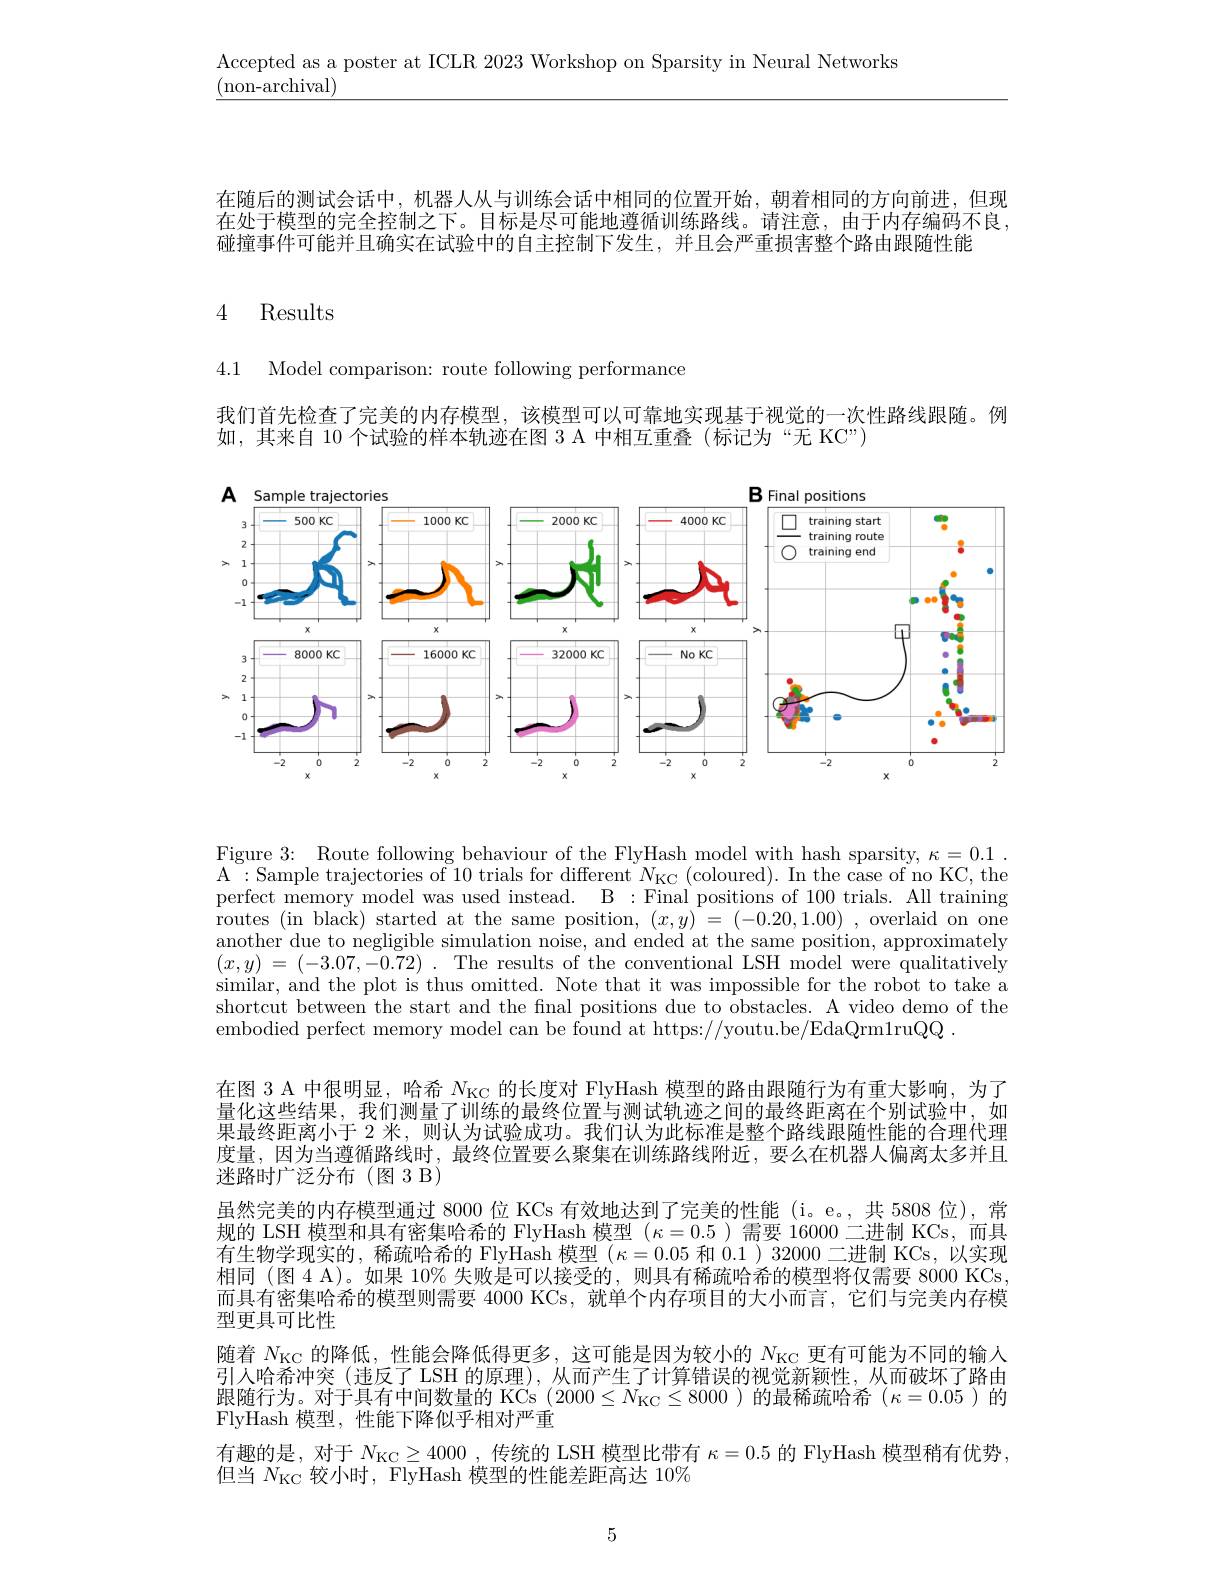
Accepted as a poster at ICLR 2023 Workshop on Sparsity in Neural Networks
$\underline{({\mathrm{non-archival}})}$

在随后的测试会话中，机器人从与训练会话中相同的位置开始，朝着相同的方向前进，但现在处于模型的完全控制之下。目标是尽可能地遵循训练路线。请注意，由于内存编码不良， 碰撞事件可能并且确实在试验中的自主控制下发生，并且会严重损害整个路由跟随性能

# 4 Results

4.1 Model comparison: route following performance

我们首先检查了完美的内存模型，该模型可以可靠地实现基于视觉的一次性路线跟随。例
如，其来自 10 个试验的样本轨迹在图 3 A 中相互重叠 (标记为“无 KC”)

<FigureHere>

Figure 3: Route following behaviour of the FlyHash model with hash sparsity, $\kappa = 0. 1$ . A:Sample trajectories of 10 trials for different $N_{\mathrm{KC}}($coloured). In the case of no KC, the perfect memory model was used instead. B :Final positions of 100 trials. All training routes (in black) started at the same position, $(x,y)=(-0.20,1.00)$ , overlaid on one another due to negligible simulation noise, and ended at the same position, approximately $( x, y)$ = (-3.07,-0.72) . The results of the conventional LSH model were qualitatively similar, and the plot is thus omitted. Note that it was impossible for the robot to take a shortcut between the start and the final positions due to obstacles. A video demo of the embodied perfect memory model can be found at https://youtu.be/EdaQrm1ruQQ .

在图 3 A 中很明显，哈希$N_\mathrm{KC}$的长度对 FlyHash 模型的路由跟随行为有重大影响，为了量化这些结果，我们测量了训练的最终位置与测试轨迹之间的最终距离在个别试验中，如果最终距离小于 2 米，则认为试验成功。我们认为此标准是整个路线跟随性能的合理代理度量，因为当遵循路线时，最终位置要么聚集在训练路线附近，要么在机器人偏离太多并且迷路时广泛分布(图 3 B)
虽然完美的内存模型通过 8000 位 KCs 有效地达到了完美的性能 (i。e。, 共 5808 位), 常规的 LSH 模型和具有密集哈希的 FlyHash 模型$(\kappa=0.5)$需要 16000 二进制 KCs,而具有生物学现实的，稀疏哈希的 FlyHash 模型$( \kappa = 0. 05$ 和 0.1) 32000 二进制 KCs,以实现相同 (图 4 A)。如果 10% 失败是可以接受的，则具有稀疏哈希的模型将仅需要 8000 KCs, 而具有密集哈希的模型则需要 4000 KCs, 就单个内存项目的大小而言，它们与完美内存模型更具可比性
随着$N_\mathrm{KC}$的降低，性能会降低得更多，这可能是因为较小的$N_\mathrm{KC}$更有可能为不同的输人引人哈希冲突(违反了 LSH 的原理), 从而产生了计算错误的视觉新颖性，从而破坏了路由跟随行为。对于具有中间数量的 KCs $(2000\leq N_{\mathrm{KC}}\leq8000)$的最稀疏哈希$(\kappa=0.05)$的FlyHash 模型，性能下降似乎相对严重
有趣的是，对于$N_\mathrm{KC}\geq4000$ ,传统的 LSH 模型比带有$\kappa=0.5$的 FlyHash 模型稍有优势，
但当$N_\mathrm{KC}$较小时，FlyHash 模型的性能差距高达 10%

5